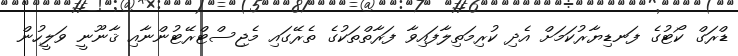
ޑްރަގް ކޯޓުގެ ފަނޑިޔާރުކަމަށް އެދި ކުރިމަތިލާފައިވާ ފަރާތްތަކުގެ ތެރޭގައި މެޖިސްޓްރޭޓުންނާއި ޤާނޫނީ ވަލީހުން